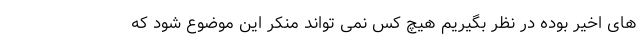
های اخیر بوده در نظر بگیریم هیچ کس نمی تواند منکر این موضوع شود که